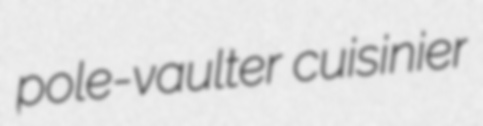
pole-vaulter cuisinier